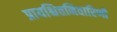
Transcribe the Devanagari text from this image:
प्रायश्चित्तनिवारिणी